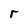
Character: r